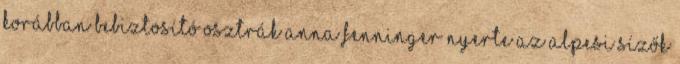
korábban bebiztosító osztrák Anna Fenninger nyerte az alpesi sízők